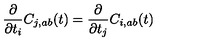
\frac { \partial } { \partial t _ { i } } C _ { j , a b } ( t ) = \frac { \partial } { \partial t _ { j } } C _ { i , a b } ( t )